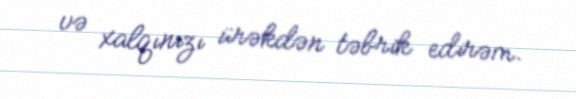
və xalqınızı ürəkdən təbrik edirəm.